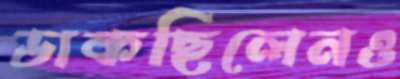
ডাকছিলেনও